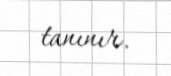
tanınır.